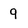
Character: q